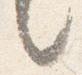
々